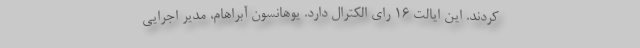
کردند. این ایالت ۱۶ رای الکترال دارد. یوهانسون آبراهام، مدیر اجرایی